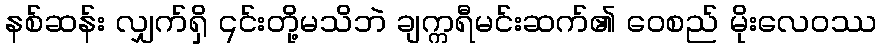
နစ်ဆန်း လျှက်ရှိ ၎င်းတို့မသိဘဲ ချက္ကရီမင်းဆက်၏ ဝေစည် မိုးလေဝဿ